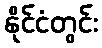
နိုင်ငံတွင်း